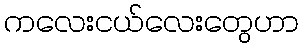
ကလေးငယ်လေးတွေဟာ